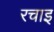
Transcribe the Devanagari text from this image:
रचाइ